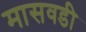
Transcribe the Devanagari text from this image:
मासवडी